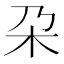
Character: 朶